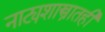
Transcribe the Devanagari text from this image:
नाट्यशास्त्रातही